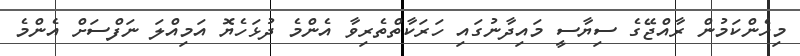
މިހެންކަމުން ރާއްޖޭގެ ސިޔާސީ މައިދާނުގައި ހަރަކާތްތެރިވާ އެންމެ ދުޅަހެޔޮ އަމިއްލަ ނަފްސަށް އެންމެ